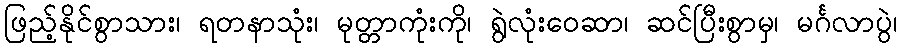
ဖြည့်နိုင်စွာသား၊ ရတနာသုံး၊ မုတ္တာကုံးကို၊ ရွဲလုံးဝေဆာ၊ ဆင်ပြီးစွာမှ၊ မင်္ဂလာပွဲ၊